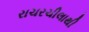
રાચરચીલાથી